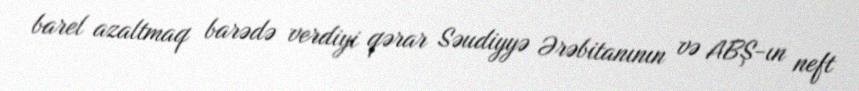
barel azaltmaq barədə verdiyi qərar Səudiyyə Ərəbitanının və ABŞ-ın neft